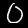
Label: 0